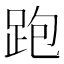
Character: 跑